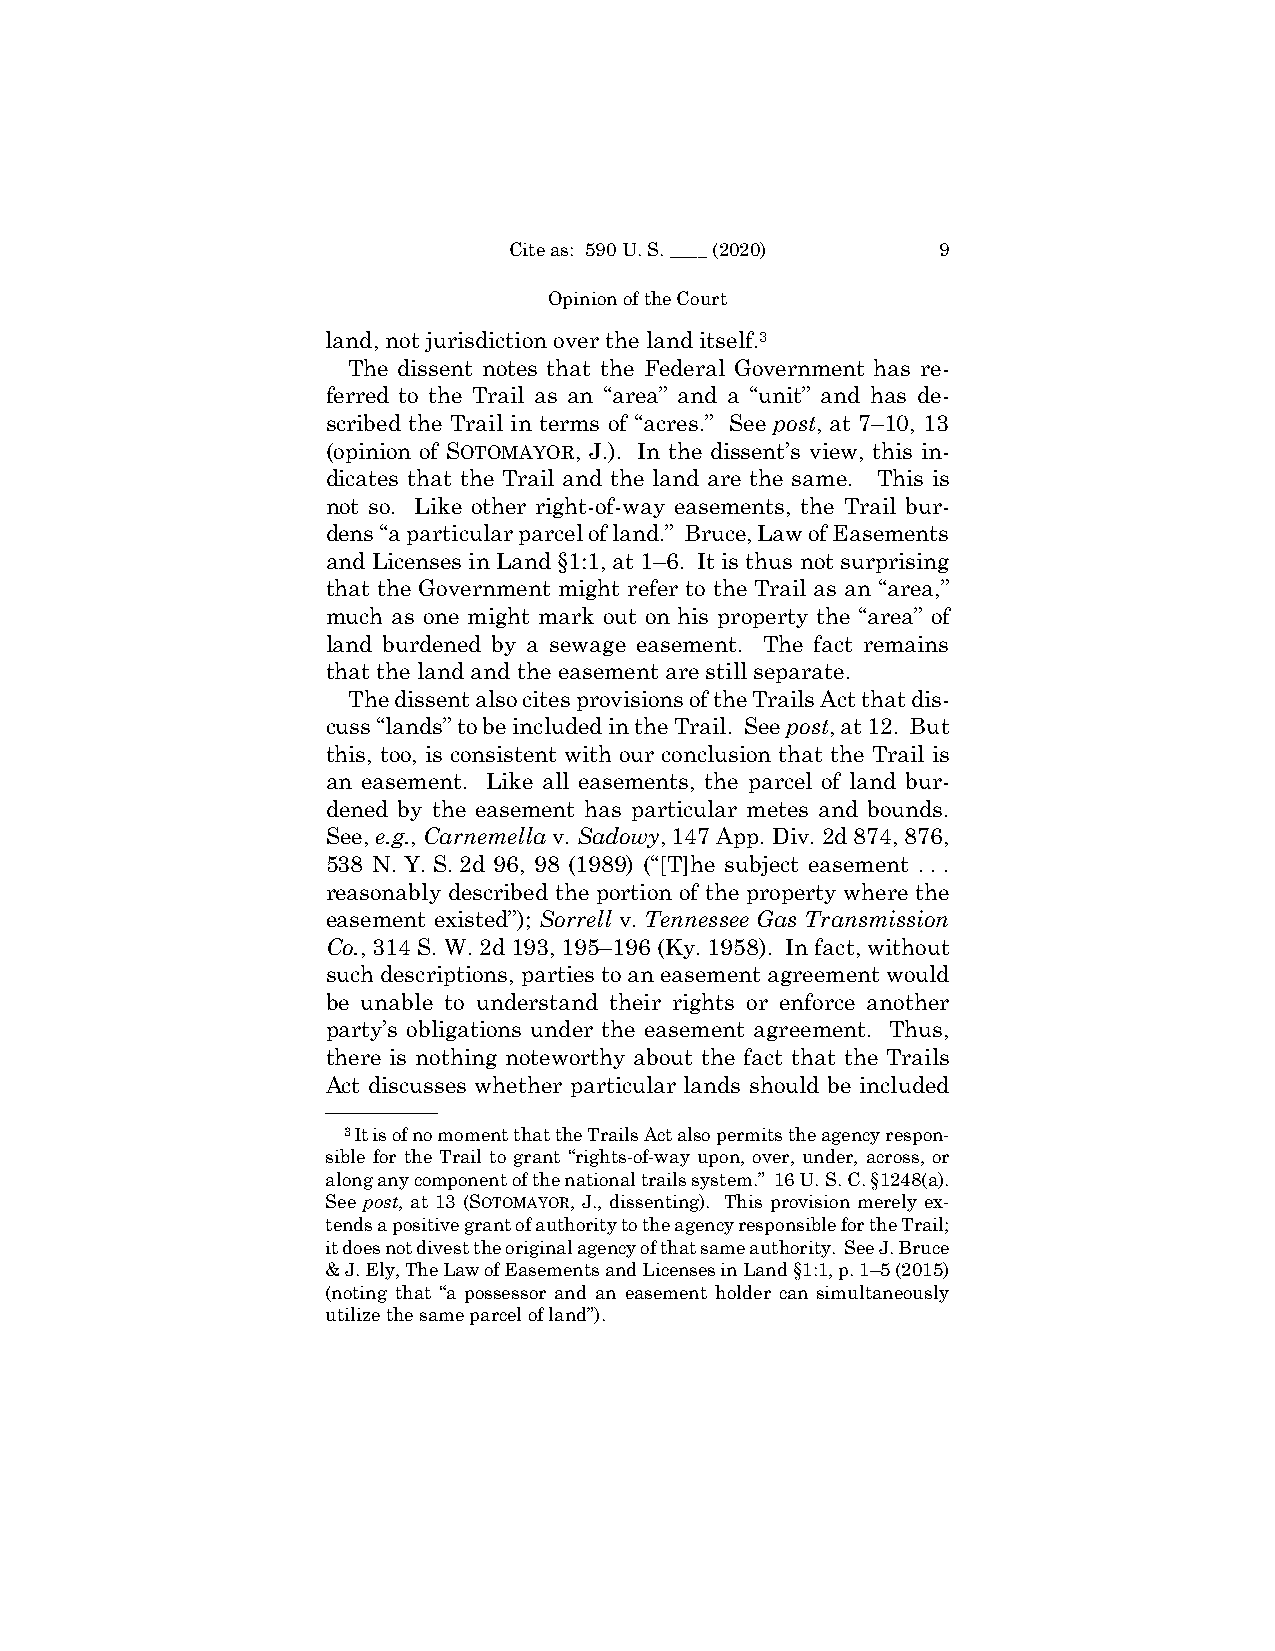
Cite as: 590 U. S. ____ (2020) 9
 Opinion of the Court
 land, not jurisdiction over the land itself.3
 The dissent notes that the Federal Government has re-
 ferred to the Trail as an “area” and a “unit” and has de-
 scribed the Trail in terms of “acres.” See post, at 7–10, 13
 (opinion of SOTOMAYOR, J.). In the dissent’s view, this in-
 dicates that the Trail and the land are the same. This is
 not so. Like other right-of-way easements, the Trail bur-
 dens “a particular parcel of land.” Bruce, Law of Easements
 and Licenses in Land §1:1, at 1–6. It is thus not surprising
 that the Government might refer to the Trail as an “area,”
 much as one might mark out on his property the “area” of
 land burdened by a sewage easement. The fact remains
 that the land and the easement are still separate.
 The dissent also cites provisions of the Trails Act that dis-
 cuss “lands” to be included in the Trail. See post, at 12. But
 this, too, is consistent with our conclusion that the Trail is
 an easement. Like all easements, the parcel of land bur-
 dened by the easement has particular metes and bounds.
 See, e.g., Carnemella v. Sadowy, 147 App. Div. 2d 874, 876,
 538 N. Y. S. 2d 96, 98 (1989) (“[T]he subject easement . . .
 reasonably described the portion of the property where the
 easement existed”); Sorrell v. Tennessee Gas Transmission
 Co., 314 S. W. 2d 193, 195–196 (Ky. 1958). In fact, without
 such descriptions, parties to an easement agreement would
 be unable to understand their rights or enforce another
 party’s obligations under the easement agreement. Thus,
 there is nothing noteworthy about the fact that the Trails
 Act discusses whether particular lands should be included
 ——————
 3It is of no moment that the Trails Act also permits the agency respon-
 sible for the Trail to grant “rights-of-way upon, over, under, across, or
 along any component of the national trails system.” 16 U. S. C. §1248(a).
 See post, at 13 (SOTOMAYOR, J., dissenting). This provision merely ex-
 tends a positive grant of authority to the agency responsible for the Trail;
 it does not divest the original agency of that same authority. See J. Bruce
 & J. Ely, The Law of Easements and Licenses in Land §1:1, p. 1–5 (2015)
 (noting that “a possessor and an easement holder can simultaneously
 utilize the same parcel of land”).